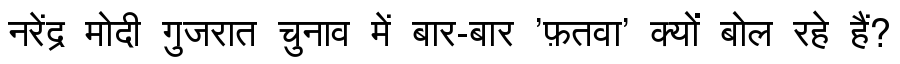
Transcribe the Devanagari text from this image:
नरेंद्र मोदी गुजरात चुनाव में बार-बार 'फ़तवा' क्यों बोल रहे हैं?